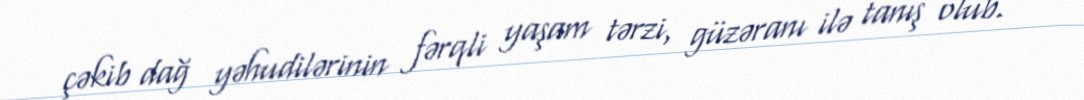
çəkib dağ yəhudilərinin fərqli yaşam tərzi, güzəranı ilə tanış olub.